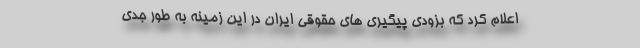
اعلام کرد که بزودی پیگیری های حقوقی ایران در این زمینه به طور جدی